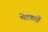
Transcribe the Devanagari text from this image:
भेटकार्डे